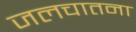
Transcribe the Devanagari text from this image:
जलचातना